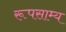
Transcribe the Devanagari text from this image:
रूपसाम्य